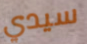
سيدي